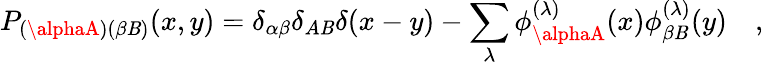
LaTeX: P_{(\alphaA)(\beta\mathit{B})}(x,y)=\delta_{\alpha\beta}\delta_{A\mathit{B}}\delta(x-y)-\sum_{\lambda}\phi_{\alphaA}^{(\lambda)}(x)\phi_{\beta\mathit{B}}^{(\lambda)}(y)\quad,